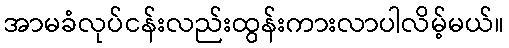
အာမခံလုပ်ငန်းလည်းထွန်းကားလာပါလိမ့်မယ်။